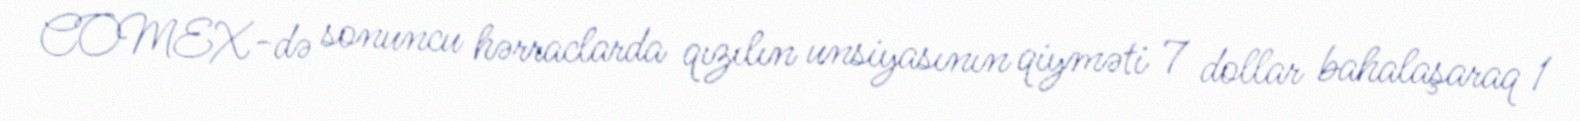
COMEX-də sonuncu hərraclarda qızılın unsiyasının qiyməti 7 dollar bahalaşaraq 1